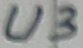
Text: U3